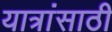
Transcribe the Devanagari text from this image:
यात्रांसाठी